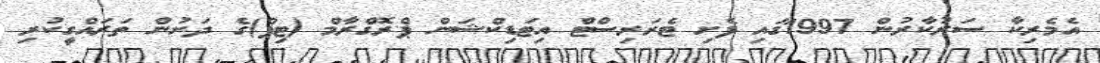
އެމެރިކާ ސަރުކާރުން 1997ގައި ފެށި ޓެރަރިސްޓް އިޓަޑިކްޝަން ޕްރޮގްރާމް (ޓިޕް)ގެ ދަށުން ތަރައްގީކުރި